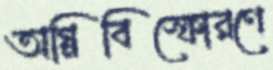
অগ্নিবিস্ফোরণে